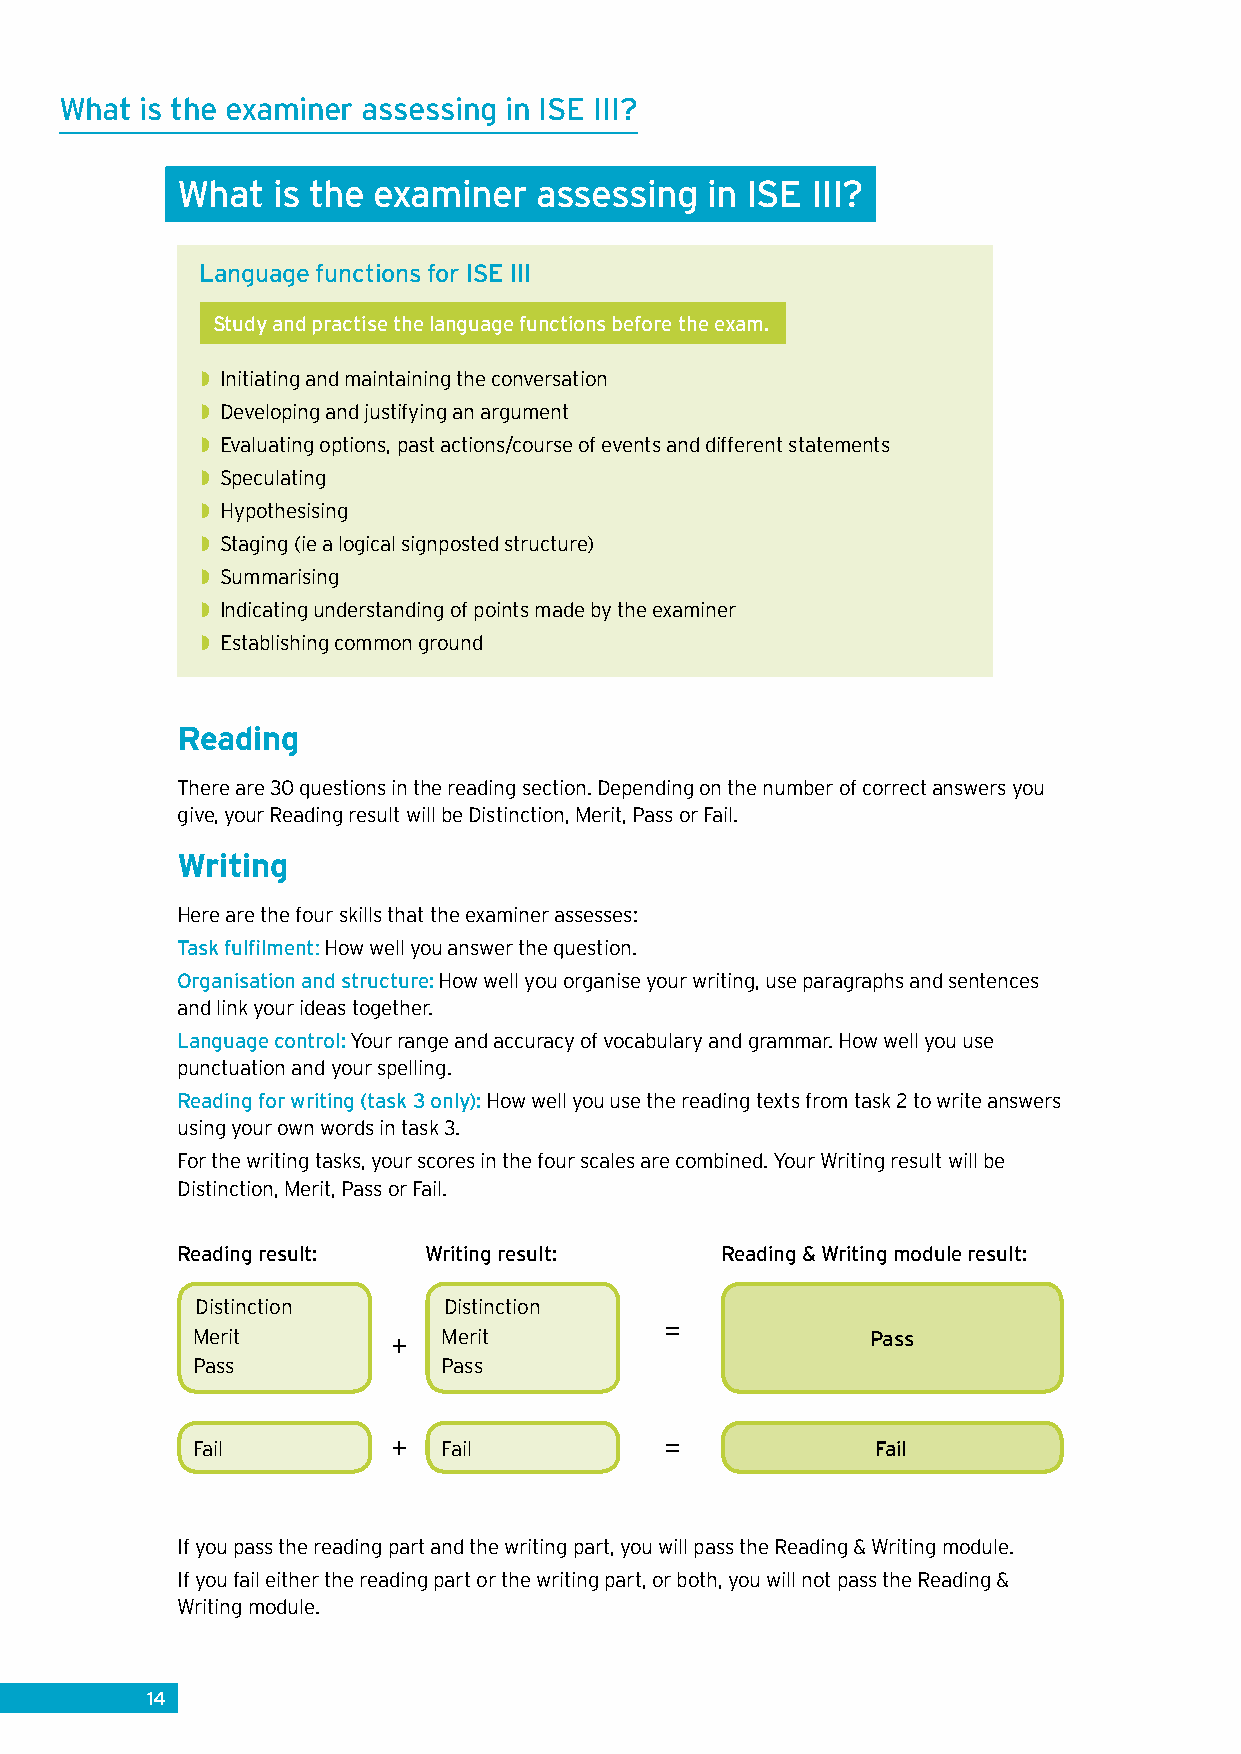
What is the examiner assessing in ISE III?
 What  is the examiner   assessing  in ISE III?
 Language functions for ISE III
 Study and practise the language functions before the exam.
 ◗◗Initiating and maintaining the conversation
 ◗◗Developing and justifying an argument
 ◗◗Evaluating options, past actions/course of events and different statements
 ◗◗Speculating
 ◗◗Hypothesising
 ◗◗Staging (ie a logical signposted structure)
 ◗◗Summarising
 ◗◗Indicating understanding of points made by the examiner
 ◗◗Establishing common ground
 Reading
 There are 30 questions in the reading section. Depending on the number of correct answers you
 give, your Reading result will be Distinction, Merit, Pass or Fail.
 Writing
 Here are the four skills that the examiner assesses:
 Task fulfilment: How well you answer the question.
 Organisation and structure: How well you organise your writing, use paragraphs and sentences
 and link your ideas together.
 Language control: Your range and accuracy of vocabulary and grammar. How well you use
 punctuation and your spelling.
 Reading for writing (task 3 only): How well you use the reading texts from task 2 to write answers
 using your own words in task 3.
 For the writing tasks, your scores in the four scales are combined. Your Writing result will be
 Distinction, Merit, Pass or Fail.
 Reading result: Writing result:     Reading & Writing module result:
 Distinction     Distinction
 =
 Merit        +  Merit                        Pass
 Pass            Pass
 Fail         +  Fail           =             Fail
 If you pass the reading part and the writing part, you will pass the Reading & Writing module.
 If you fail either the reading part or the writing part, or both, you will not pass the Reading &
 Writing module.
 14